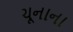
ચૂનાના